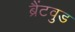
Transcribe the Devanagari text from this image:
ब्रैंटवुड